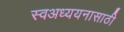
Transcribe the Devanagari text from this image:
स्वअध्ययनासाठी